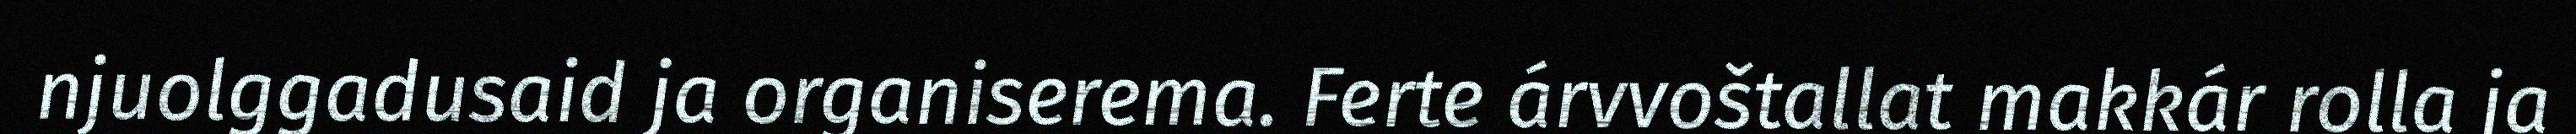
njuolggadusaid ja organiserema. Ferte árvvoštallat makkár rolla ja